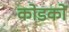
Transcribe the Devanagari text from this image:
कोडकों